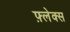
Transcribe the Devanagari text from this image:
फ़्लेक्स